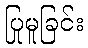
ပြုမူခြင်း